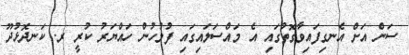
ސަން އަށް އެނގިފައިވާގޮތުގައި އެ މައްސަލައިގައި ފުލުހުން ހައްޔަރު ކުރީ ރ. ކަނދޮޅުދޫ